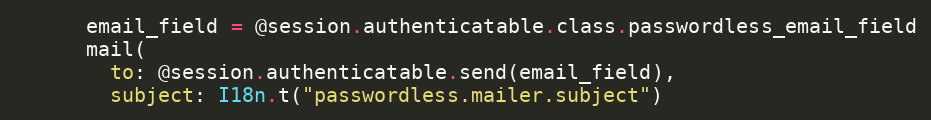
Language: Ruby
      email_field = @session.authenticatable.class.passwordless_email_field
      mail(
        to: @session.authenticatable.send(email_field),
        subject: I18n.t("passwordless.mailer.subject")